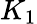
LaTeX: K_{1}